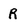
Character: R